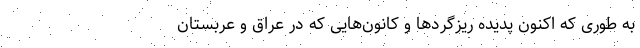
به طوری که اکنون پدیده ریزگردها و کانون‌هایی که در عراق و عربستان